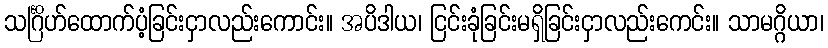
သင်္ဂြိဟ်ထောက်ပံ့ခြင်းငှာလည်းကောင်း။ အပိဒါယ၊ ငြင်းခုံခြင်းမရှိခြင်းငှာလည်းကေင်း။ သာမဂ္ဂိယာ၊